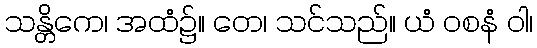
သန္တိကေ၊ အထံ၌။ တေ၊ သင်သည်။ ယံ ဝစနံ ဝါ၊